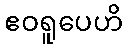
ဧဝရူပေဟိ